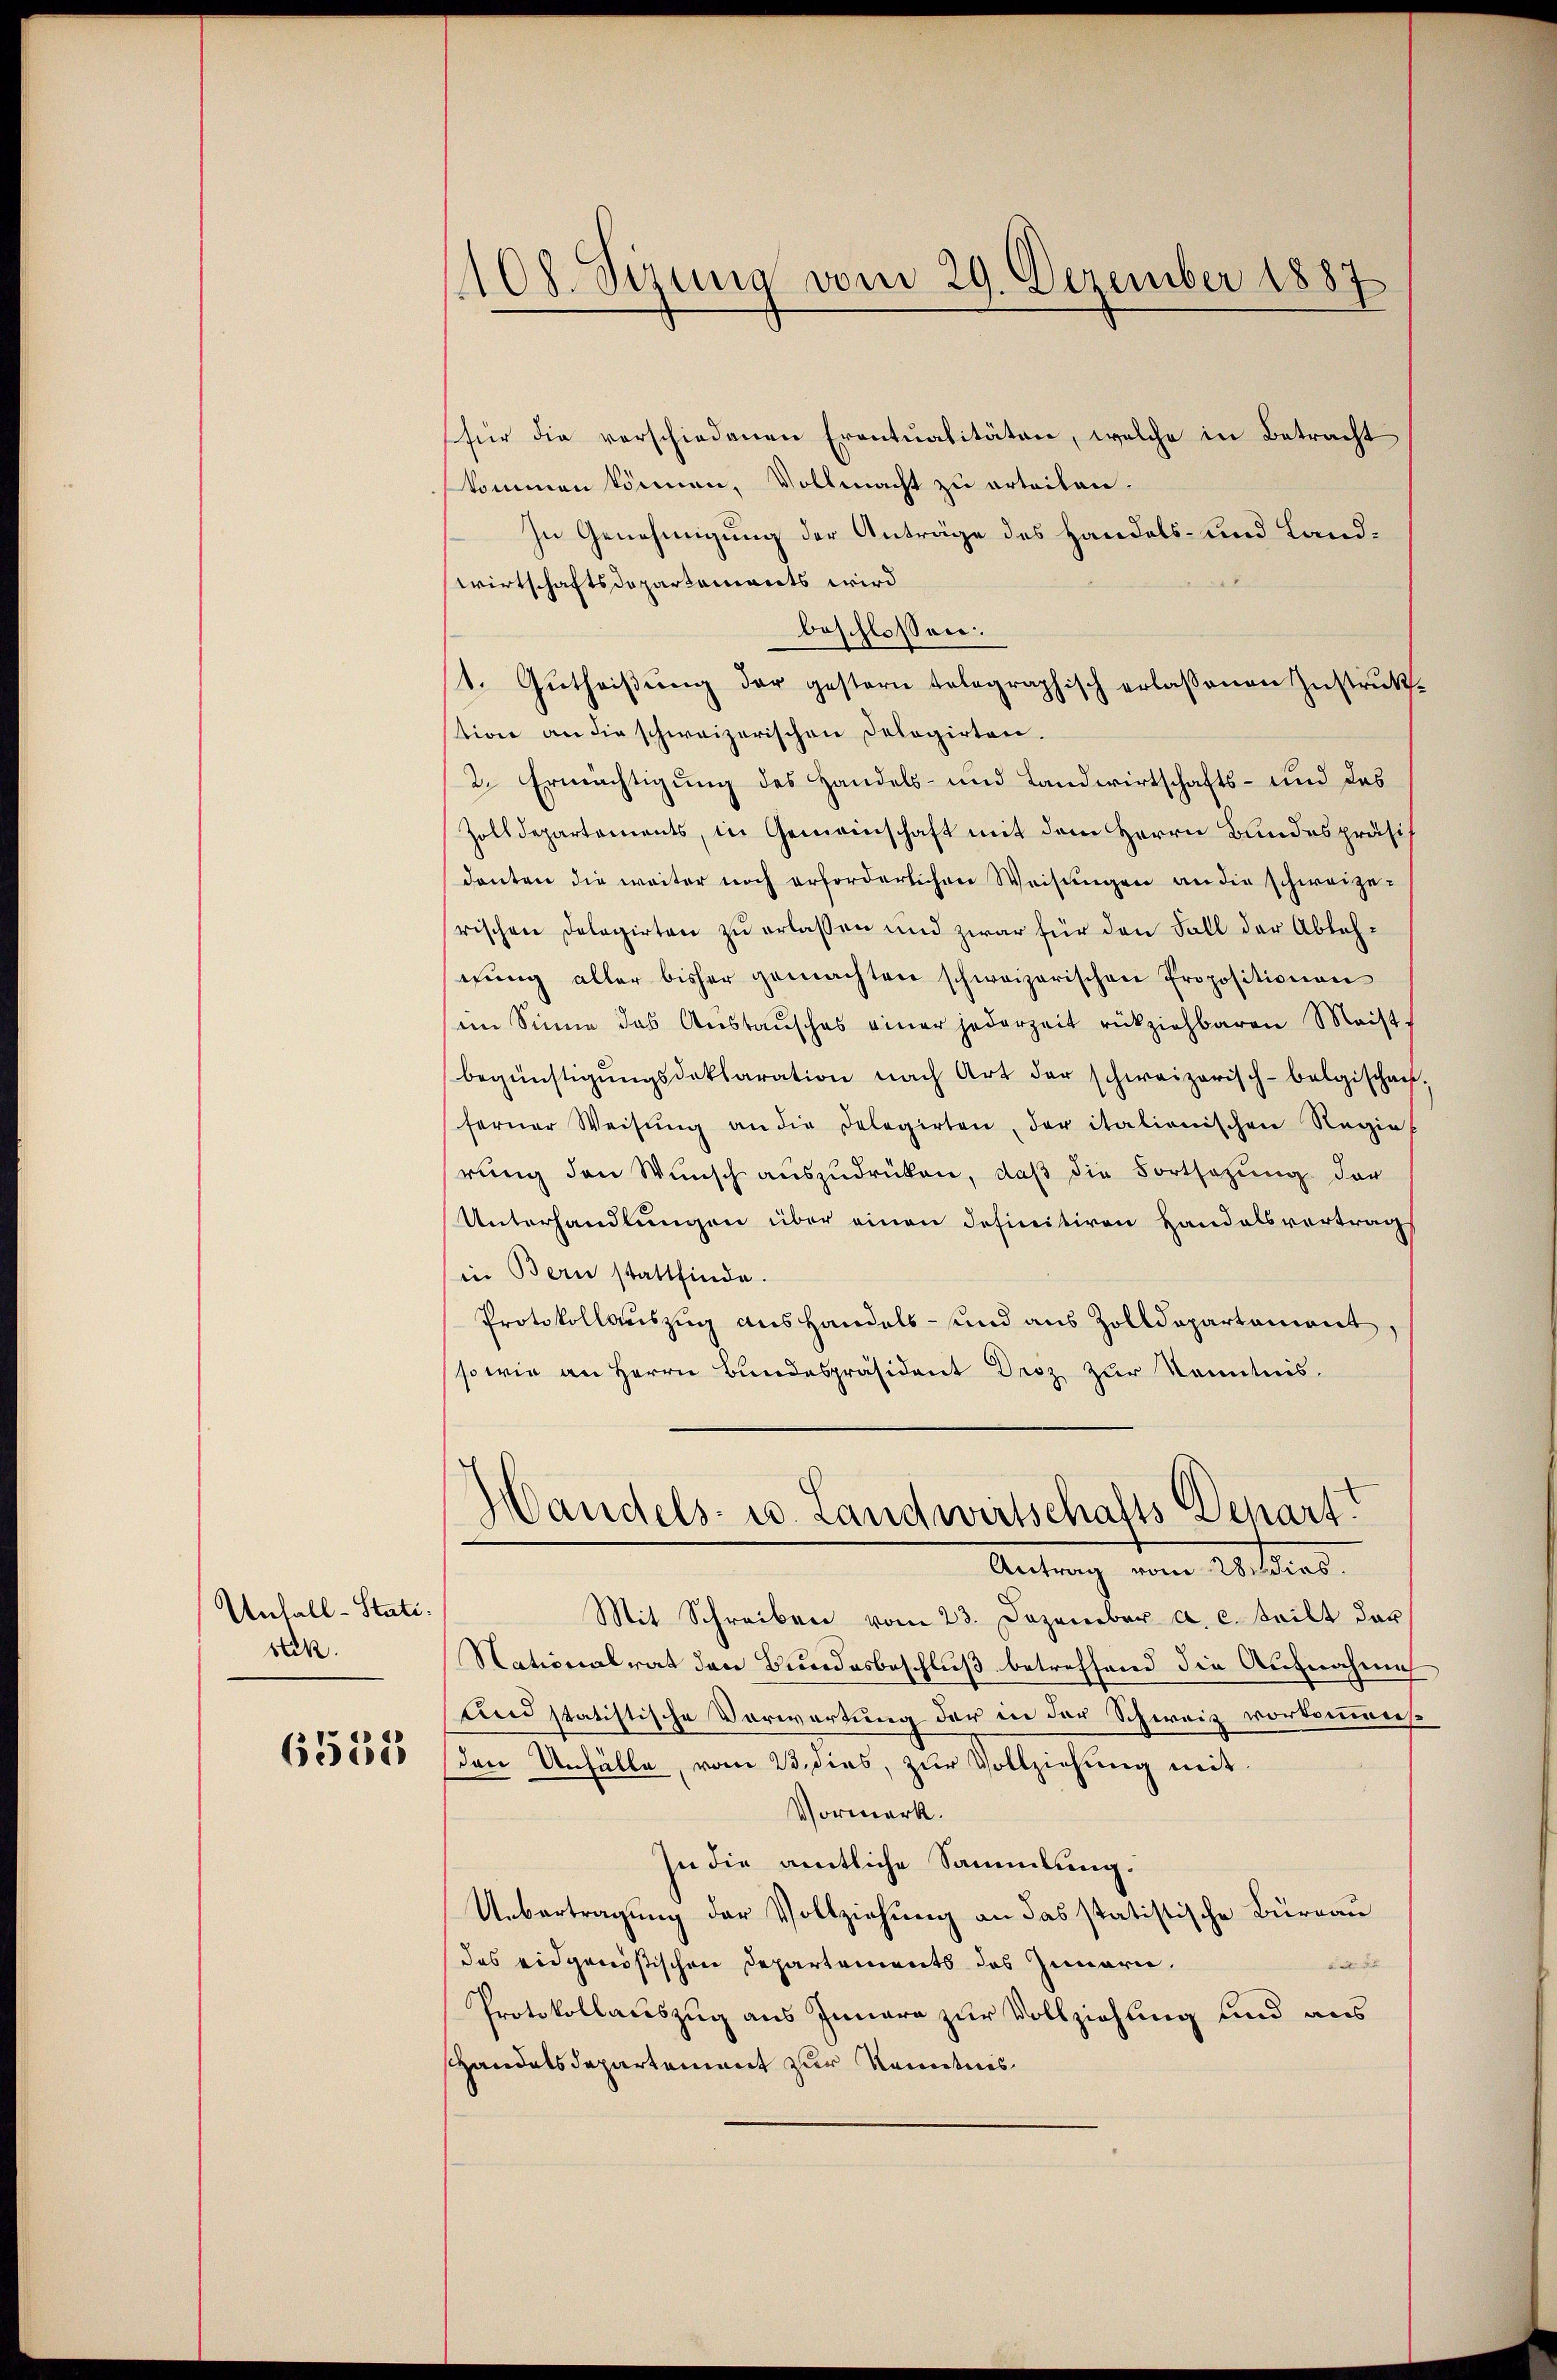
Unfall-Stati.
beck.

6551

1108. Sizung vom 29. Dezember 1887

(für die verschiedenen Eventualitäten, welche in Betracht
kommen können, Vollmacht zu erteilen.
In Genehmigung der Anträge des Handels- und Land¬
Wirtschaftsdepartements wird
beschlossen:
st. Gutheißung der gestern telegraphisch erlaßenen Instrukstion an die schweizerischen Dologirten.
2. Ermächtigung des Handels- und Landwirtschafts- und das
Zolldepartements, in Gemeinschaft mit dem Herrn Bundespräsi
danten die weiter noch erforderlichen Weisungen an die schweizerischen Delegirten zu erlassen und zwar für den Fall der Ableheŭng aller bisher gemachten schweizerischen Propositionen
im Sinne das Aŭstaŭsches einer jederzeit rückziehbaren Maist.
begünstigŭngsdeklaration nach Art der schweizerisch-belgischen,
ferner Weisŭng an die Delegirten, der italienischen Regie
rung den Wunsch auszudrücken, daß die Fortsetzung der
Unterhandlungen über einen definitiven Handelsvertrags
in Bern stattfinde.
Protokollauszug aushandels- und aus Zolldepartement
so wie an Herrn Bundespräsident Droz zur Kenntnis.
Handels- u. Landwirtschafts Depart?
Antrag vom Wildias.
Mit Schreiben vom 23. Dezember a. c. teilt dar
Nationalrat den Bundesbeschluß betreffend die Aufnahme
Und statistische Vorwortung der in der Schweiz vorkommers.
den Unfälle, vom 23. dies, zur Vollziehung mit
Vormerk.
In die amtliche Sammlung.
Uebertragung der Vollziehung an das statistische Büreau
des eidgenößischen Departements des Innern.
 de
Protokollauszug aus Innere zur Vollziehung und aus
shandelsdepartement zur Kenntnis